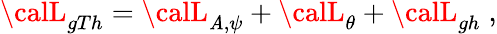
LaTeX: {\calL}_{gTh}={\calL}_{\mathit{A},\psi}+{\calL}_{\theta}+{\calL}_{gh}\; ,